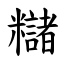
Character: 䊰